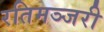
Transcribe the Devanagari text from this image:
रतिमञ्जरी